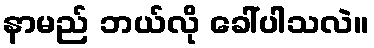
နာမည် ဘယ်လို ခေါ်ပါသလဲ။